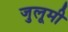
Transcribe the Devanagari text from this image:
जुलूमी